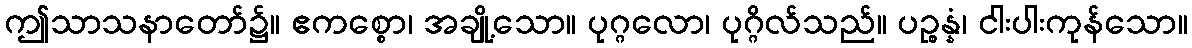
ဤသာသနာတော်၌။ ဧကစ္စော၊ အချို့သော။ ပုဂ္ဂလော၊ ပုဂ္ဂိလ်သည်။ ပဉ္စန္နံ၊ ငါးပါးကုန်သော။